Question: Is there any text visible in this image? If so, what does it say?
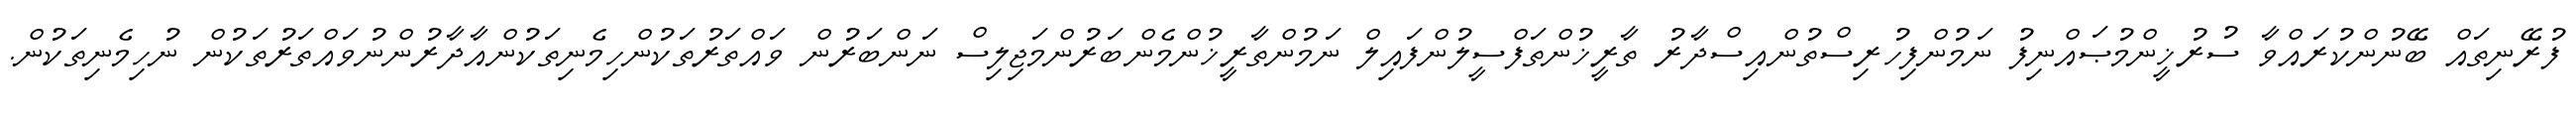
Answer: ފުރޭނިތައް ބޭނުންކުރައްވާ ސުރުޚީންމުޞައްނިފު ނަމުންފިހުރިސްތުންއިސްދާރު ތާރީޚުންތަފްސީލުންފައިލް ނަމުންތާރީޚުންމެންބަރުންމަޖިލިސް ނަންބަރުން ވައްތަރުތަކުންހިމެނިތަކުންއާދާރުންނުވައްތަރުތަކުން ނުހިމެނިތަކުން.